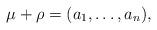
LaTeX: \begin{align*}\mu + \rho = (a_1,\dots,a_n),\end{align*}